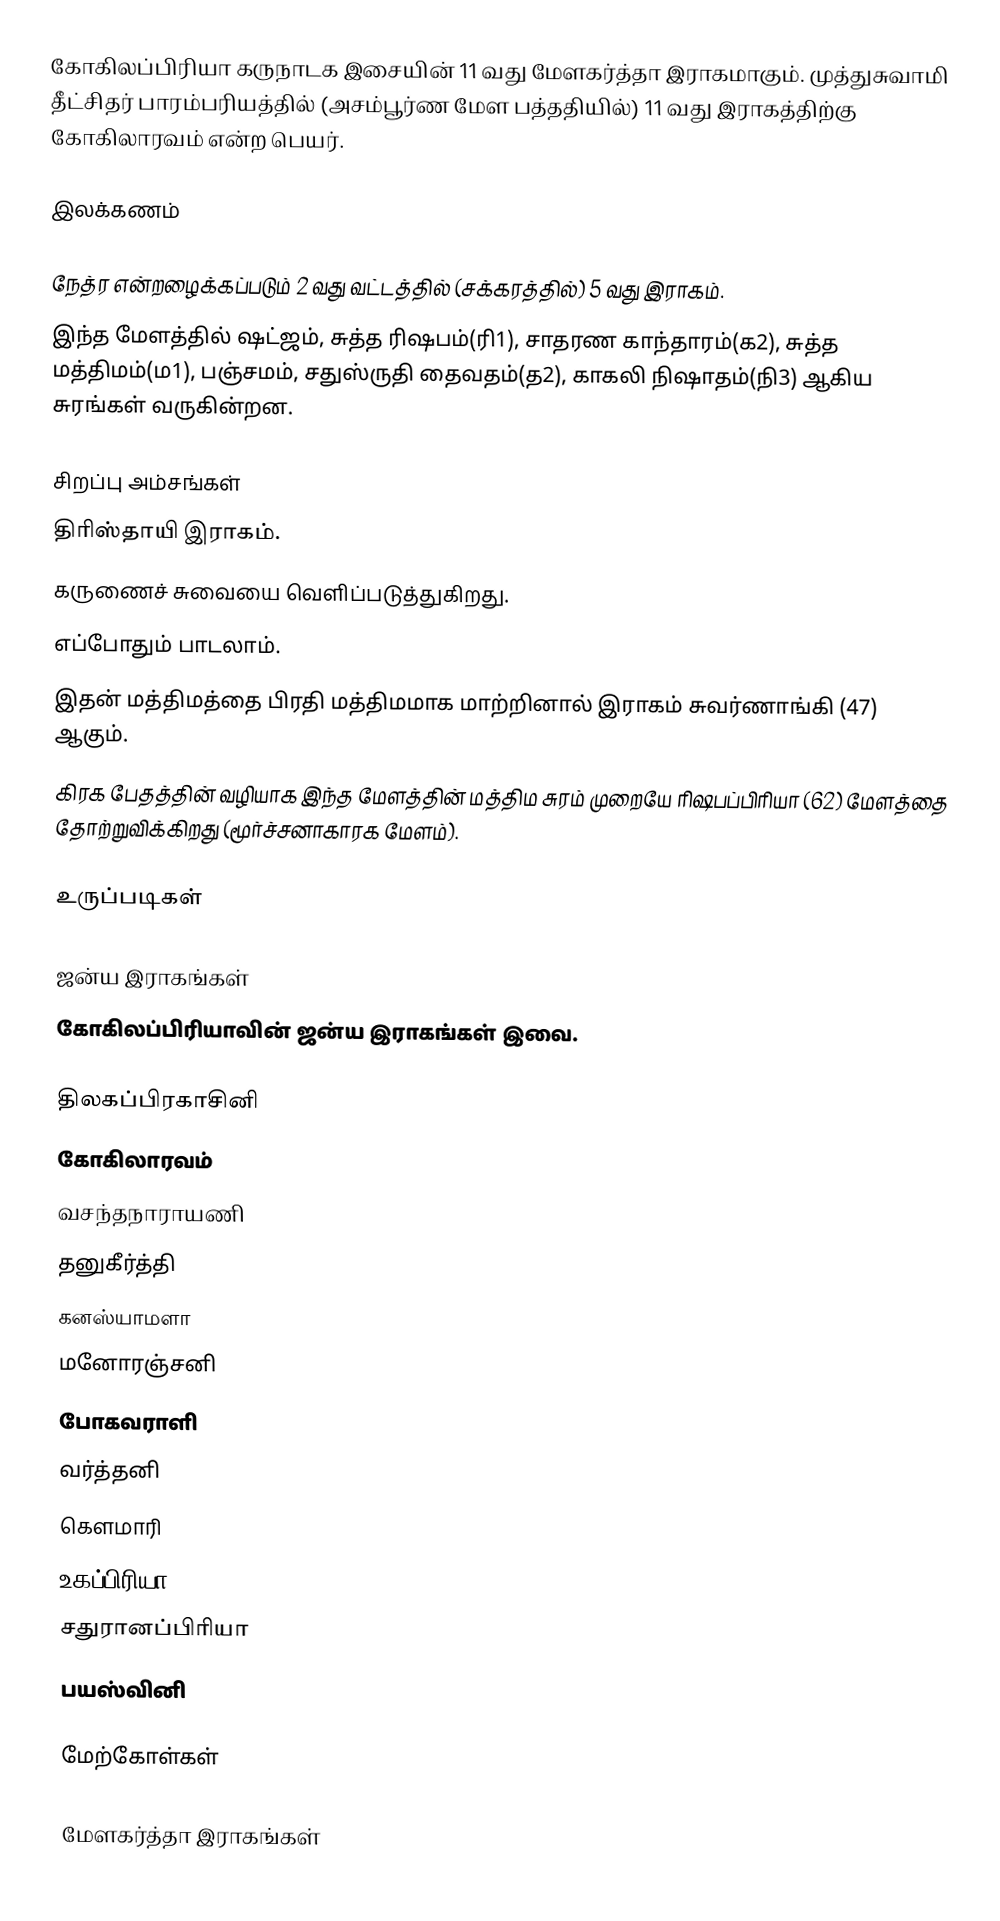
கோகிலப்பிரியா கருநாடக இசையின் 11 வது மேளகர்த்தா இராகமாகும். முத்துசுவாமி தீட்சிதர் பாரம்பரியத்தில் (அசம்பூர்ண மேள பத்ததியில்) 11 வது இராகத்திற்கு கோகிலாரவம் என்ற பெயர்.

இலக்கணம்

 நேத்ர என்றழைக்கப்படும் 2 வது வட்டத்தில் (சக்கரத்தில்) 5 வது இராகம்.
 இந்த மேளத்தில் ஷட்ஜம், சுத்த ரிஷபம்(ரி1), சாதரண காந்தாரம்(க2), சுத்த மத்திமம்(ம1), பஞ்சமம், சதுஸ்ருதி தைவதம்(த2), காகலி நிஷாதம்(நி3) ஆகிய சுரங்கள் வருகின்றன.

சிறப்பு அம்சங்கள்
 திரிஸ்தாயி இராகம்.
 கருணைச் சுவையை வெளிப்படுத்துகிறது.
 எப்போதும் பாடலாம்.
 இதன் மத்திமத்தை பிரதி மத்திமமாக மாற்றினால் இராகம் சுவர்ணாங்கி (47) ஆகும்.
 கிரக பேதத்தின் வழியாக இந்த மேளத்தின் மத்திம சுரம் முறையே ரிஷபப்பிரியா (62) மேளத்தை தோற்றுவிக்கிறது (மூர்ச்சனாகாரக மேளம்).

உருப்படிகள்

ஜன்ய இராகங்கள்
கோகிலப்பிரியாவின் ஜன்ய இராகங்கள் இவை.

 திலகப்பிரகாசினி
 கோகிலாரவம்
 வசந்தநாராயணி
 தனுகீர்த்தி
 கனஸ்யாமளா
 மனோரஞ்சனி
 போகவராளி
 வர்த்தனி
 கௌமாரி
 உகப்பிரியா
 சதுரானப்பிரியா
 பயஸ்வினி

மேற்கோள்கள்

மேளகர்த்தா இராகங்கள்